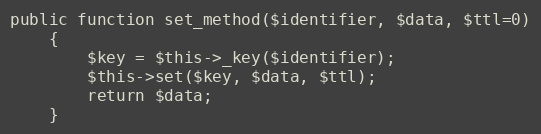
Language: PHP
public function set_method($identifier, $data, $ttl=0)
    {
    	$key = $this->_key($identifier);
    	$this->set($key, $data, $ttl);
    	return $data;
    }